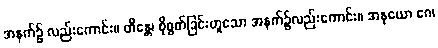
အနက်၌ လည်းကောင်း။ တိန္တေ၊ စိုစွတ်ခြင်းဟူသော အနက်၌လည်းကောင်း။ အနုယော ဂေ၊